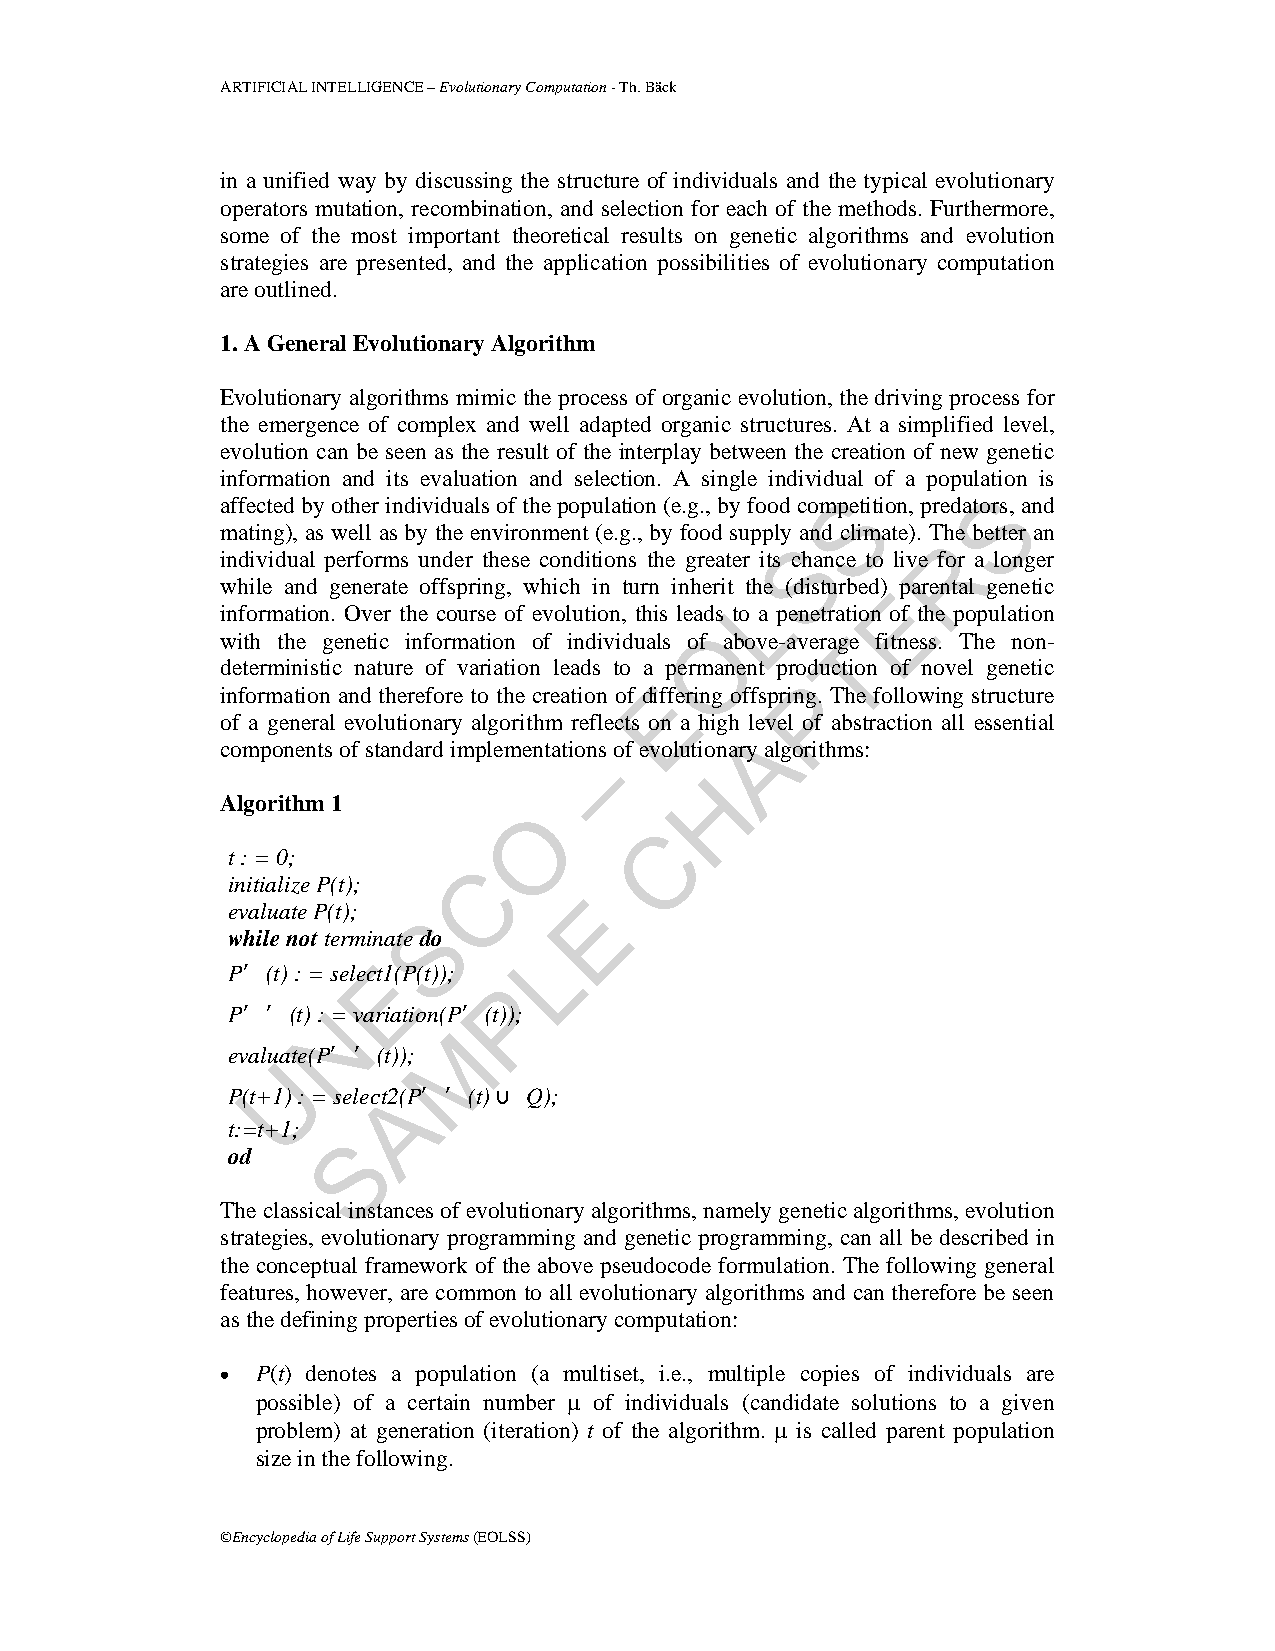
ARTIFICIAL INTELLIGENCE – Evolutionary Computation - Th. Bäck
 in a unified way by discussing the structure of individuals and the typical evolutionary
 operators mutation, recombination, and selection for each of the methods. Furthermore,
 some of the most important theoretical results on genetic algorithms and evolution
 strategies are presented, and the application possibilities of evolutionary computation
 are outlined.
 1. A General Evolutionary Algorithm
 Evolutionary algorithms mimic the process of organic evolution, the driving process for
 the emergence of complex and well adapted organic structures. At a simplified level,
 evolution can be seen as the result of the interplay between the creation of new genetic
 information and its evaluation and selection. A single individual of a population is
 S        S
 affected by other individuals of the population (e.g., by food competition, predators, and
 mating), as well as by the environment (e.g., by food supply and climate). The better an
 S        R
 individual performs under these conditions the greater its chance to live for a longer
 while and generate offspring, which in turn inherit tLhe (disturbed) Eparental genetic
 information. Over the course of evolution, this leads to a penetration of the population
 O
 with the genetic information of individuals of above-averagTe fitness. The non-
 deterministic nature of variation leads to a permanent production of novel genetic
 E         P
 information and therefore to the creation of differing offspring. The following structure
 of a general evolutionary algorithm reflects on a high level of abstraction all essential
 A
 components of standard implementatio–ns of evolutionary algorithms:
 H
 Algorithm 1
 O
 C
 t : = 0;
 C
 initialize P(t);
 E
 evaluate P(t); S
 while not terminate do
 L
 E
 P′ (t) : = select1(P(t));
 P
 P′ ′ (t) : N= variation(P′ (t));
 M
 evalu Uate(P′ ′ (t));
 P(t+1) : = select2A(P′ ′ (t) ∪ Q);
 t:=t+1;
 S
 od
 The classical instances of evolutionary algorithms, namely genetic algorithms, evolution
 strategies, evolutionary programming and genetic programming, can all be described in
 the conceptual framework of the above pseudocode formulation. The following general
 features, however, are common to all evolutionary algorithms and can therefore be seen
 as the defining properties of evolutionary computation:
 • P(t) denotes a population (a multiset, i.e., multiple copies of individuals are
 possible) of a certain number μ of individuals (candidate solutions to a given
 problem) at generation (iteration) t of the algorithm. μ is called parent population
 size in the following.
 ©Encyclopedia of Life Support Systems (EOLSS)